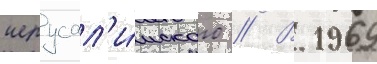
иерусал'и́мского // В 1969